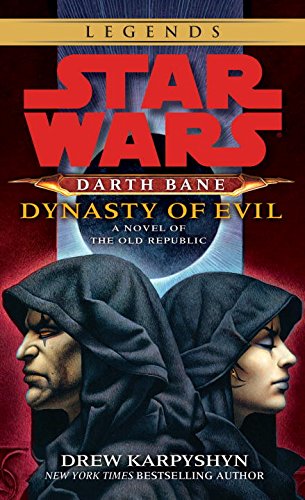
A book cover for Dynasty of Evil (Star Wars: Darth Bane, Book 3); Drew Karpyshyn; Science Fiction & Fantasy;